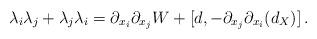
LaTeX: \begin{align*}\lambda_i \lambda_j + \lambda_j \lambda_i = \partial_{x_i} \partial_{x_j}W + [d, -\partial_{x_j} \partial_{x_i}(d_X)]\,.\end{align*}